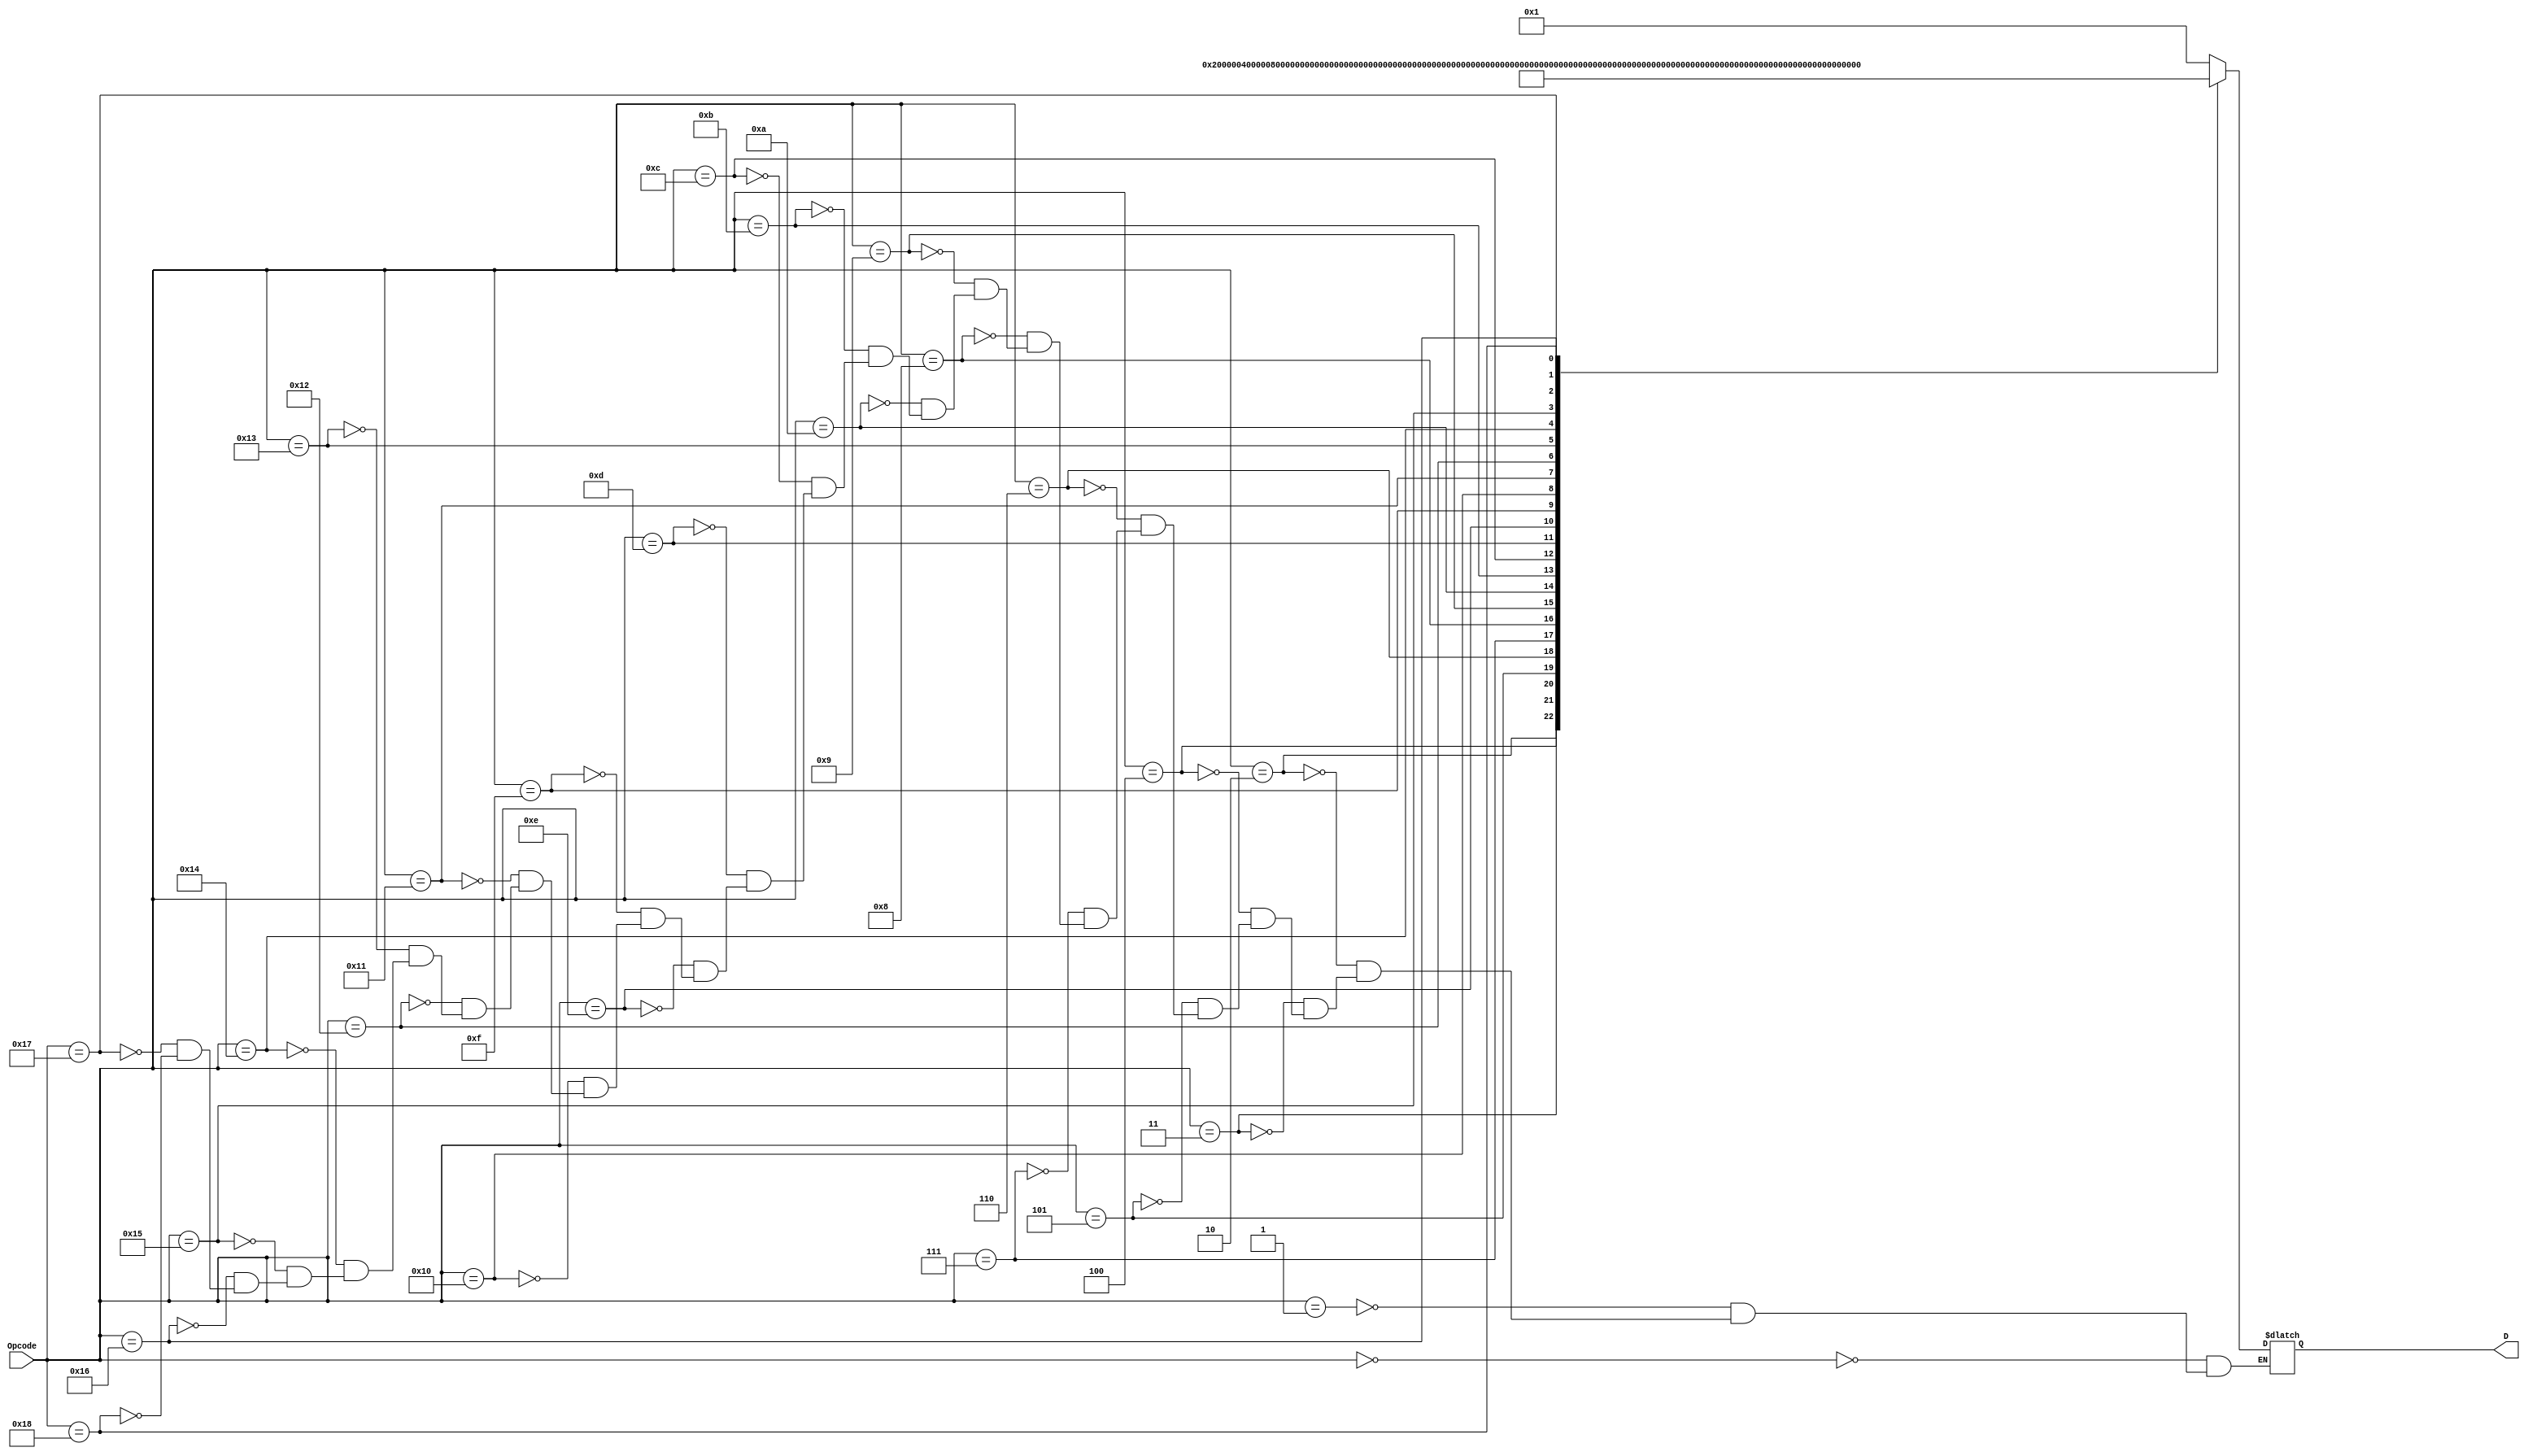
`timescale 1ns / 1ps

module OPC_Decoder(
    output reg [23:0] D,     // temporary width
    input [5:0] Opcode
    );
    always@(Opcode)
    case(Opcode)
        5'h00: D = 24'b000000000000000000000001; // nop uses add
        5'h01: D = 24'b000000000000000000000001; // add
        5'h02: D = 24'b000000000000000000000010; // sub
        5'h03: D = 24'b000000000000000000000100; // store
        5'h04: D = 24'b000000000000000000001000; // load
        5'h05: D = 24'b000000000000000000010000; // move
        5'h06: D = 24'b000000000000000000100000; // sge
        5'h07: D = 24'b000000000000000001000000; // sle
        5'h08: D = 24'b000000000000000010000000; // sgt
        5'h09: D = 24'b000000000000000100000000; // slt
        5'h0a: D = 24'b000000000000001000000000; // seq
        5'h0b: D = 24'b000000000000010000000000; // sne
        5'h0c: D = 24'b000000000000100000000000; // and
        5'h0d: D = 24'b000000000001000000000000; // or
        5'h0e: D = 24'b000000000010000000000000; // xor
        5'h0f: D = 24'b000000000100000000000000; // not
        5'h10: D = 24'b000000001000000000000000; // movei
        5'h11: D = 24'b000000010000000000000000; // sli
        5'h12: D = 24'b000000100000000000000000; // sri
        5'h13: D = 24'b000001000000000000000000; // addi
        5'h14: D = 24'b000010000000000000000000; // subi
        5'h15: D = 24'b000100000000000000000000; // jump
        5'h16: D = 24'b001000000000000000000000; // branch
        5'h17: D = 24'b010000000000000000000000; // addf
        5'h18: D = 24'b100000000000000000000000; // mulf
    endcase
endmodule